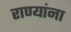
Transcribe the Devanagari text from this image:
राण्यांना